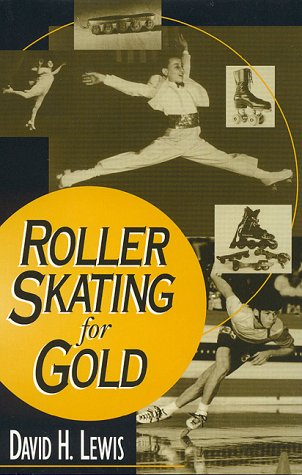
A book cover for Roller Skating for Gold; David H. Lewis; Sports & Outdoors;